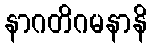
နာဂတိဂမနာနိ